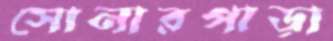
সোনারপাড়া